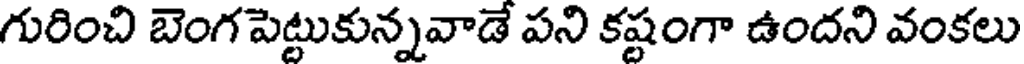
గురించి బెంగ పెట్టుకున్నవాడే పని కష్టంగా ఉందని వంకలు